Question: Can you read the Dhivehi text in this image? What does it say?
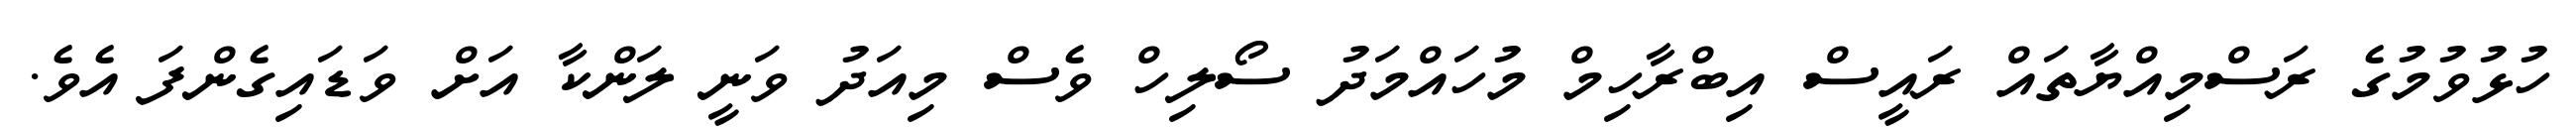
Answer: ހުޅުވުމުގެ ރަސްމިއްޔާތައް ރައީސް އިބްރާހިމް މުހައްމަދު ސޯލިހް ވެސް މިއަދު ވަނީ ލަންކާ އަށް ވަޑައިގެންފަ އެވެ.